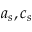
a _ { s } , c _ { s }